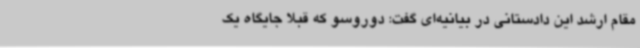
مقام ارشد این دادستانی در بیانیه‌ای گفت: دوروسو که قبلا جایگاه یک